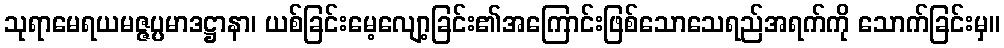
သုရာမေရယမဇ္ဇပ္ပမာဒဋ္ဌာနာ၊ ယစ်ခြင်းမေ့လျော့ခြင်း၏အကြောင်းဖြစ်သောသေရည်အရက်ကို သောက်ခြင်းမှ။